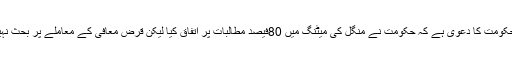
راجستھان حکومت کا دعوی ہے کہ حکومت نے منگل کی میٹنگ میں 80فیصد مطالبات پر اتفاق کیا لیکن قرض معافی کے معاملے پر بحث نہیں کی گئی۔